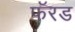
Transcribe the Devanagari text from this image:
फॅरड